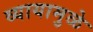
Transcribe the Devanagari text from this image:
व्यायामुळे